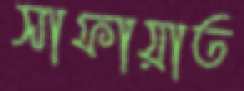
সাফায়াত